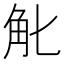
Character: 𧢶